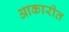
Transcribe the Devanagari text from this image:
आकारीत